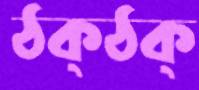
ঠক্‌ঠক্‌